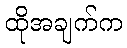
ထိုအချက်က